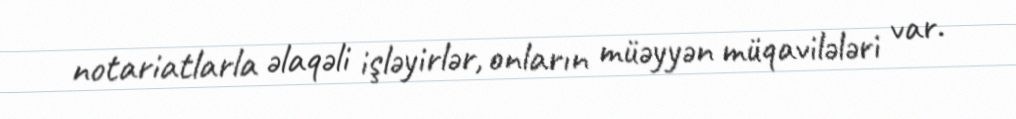
notariatlarla əlaqəli işləyirlər, onların müəyyən müqavilələri var.